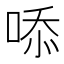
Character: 㖭